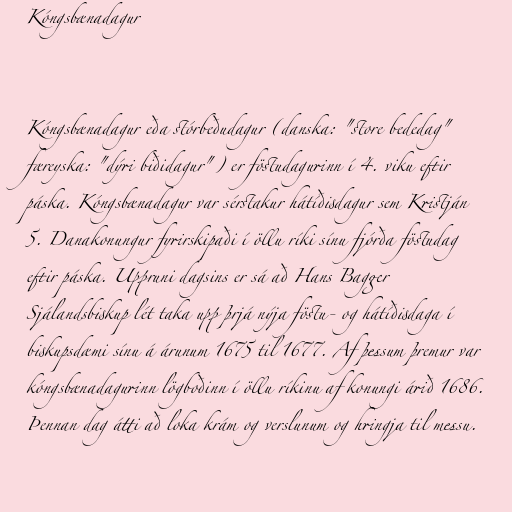
Kóngsbænadagur

Kóngsbænadagur eða stórbeðudagur (danska: "store bededag"
færeyska: "dýri biðidagur") er föstudagurinn í 4. viku eftir
páska. Kóngsbænadagur var sérstakur hátíðisdagur sem Kristján
5. Danakonungur fyrirskipaði í öllu ríki sínu fjórða föstudag
eftir páska. Uppruni dagsins er sá að Hans Bagger
Sjálandsbiskup lét taka upp þrjá nýja föstu- og hátíðisdaga í
biskupsdæmi sínu á árunum 1675 til 1677. Af þessum þremur var
kóngsbænadagurinn lögboðinn í öllu ríkinu af konungi árið 1686.
Þennan dag átti að loka krám og verslunum og hringja til messu.